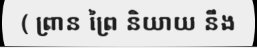
( ព្រាន ព្រៃ និយាយ នឹង